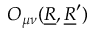
O _ { \mu \nu } ( \underline { { R } } , \underline { { R } } ^ { \prime } )